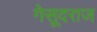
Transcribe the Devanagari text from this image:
गेसूदराज